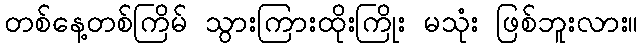
တစ်နေ့တစ်ကြိမ် သွားကြားထိုးကြိုး မသုံး ဖြစ်ဘူးလား။